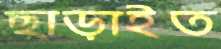
ছাড়াইত